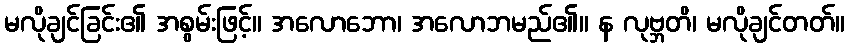
မလိုချင်ခြင်း၏ အစွမ်းဖြင့်။ အလောဘော၊ အလောဘမည်၏။ န လုဗ္ဘတိ၊ မလိုချင်တတ်။